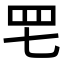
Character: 𦉱